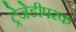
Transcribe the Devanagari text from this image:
ट्रेजेडीपरक